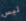
ليس